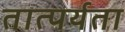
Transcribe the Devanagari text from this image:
तात्पर्यता